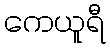
ကေယူရီ